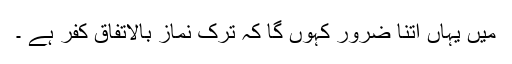
میں یہاں اتنا ضرور کہوں گا کہ ترک نماز بالاتفاق کفر ہے ۔